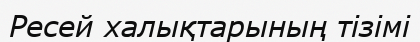
Ресей халықтарының тізімі